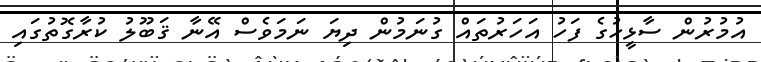
އުމުރުން ސާޅީހުގެ ފަހު އަހަރުތައް ގުނަމުން ދިޔަ ނަމަވެސް އޭނާ ޤަބޫލު ކުރާގޮތުގައި